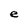
Character: e